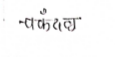
मजकूर: चकंदल